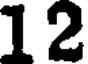
12